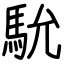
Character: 馻